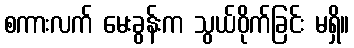
စကားလက် မေးခွန်းက သွယ်ဝိုက်ခြင်း မရှိ။